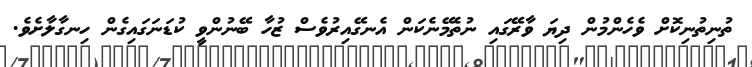
ތުނިތުނިކޮށް ވެހެންމުން ދިޔަ ވާރޭގައި ނުތެމޭނެކަން އެނގޭއިރުވެސް ޒުހާ ބޭނުންވީ ކުޑަނަގައިގެން ހިނގާލާށެވެ.